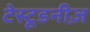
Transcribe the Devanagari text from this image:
टेस्टूडनीज़